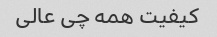
کیفیت همه چی عالی